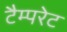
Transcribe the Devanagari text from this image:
टैम्परेट